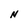
Character: N